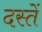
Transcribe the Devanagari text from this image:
दस्तें